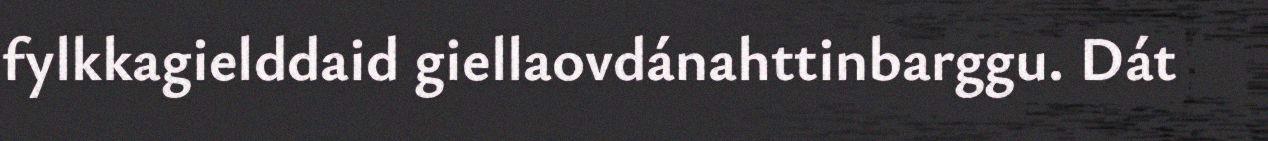
fylkkagielddaid giellaovdánahttinbarggu. Dát